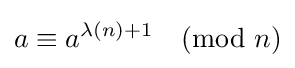
a\equiv a^{\lambda (n)+1}{\pmod {n}}